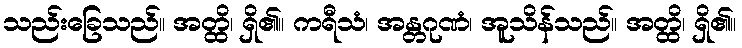
သည်းခြေသည်။ အတ္ထိ၊ ရှိ၏။ ကရီသံ၊ အန္တဂုဏံ၊ အူသိန်သည်။ အတ္ထိ၊ ရှိ၏။